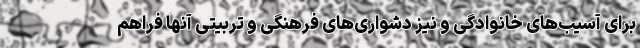
برای آسیب‌های خانوادگی و نیز دشواری‌های فرهنگی و تربیتی آنها فراهم